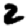
Digit: 2